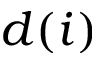
d ( i )